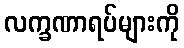
လက္ခဏာရပ်များကို